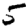
Digit: 5